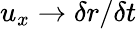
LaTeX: u_{x}\rightarrow\delta r/\delta t